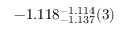
- 1 . 1 1 8 _ { - 1 . 1 3 7 } ^ { - 1 . 1 1 4 } ( 3 )